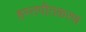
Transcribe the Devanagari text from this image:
हस्तपीतकरण